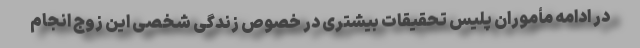
در ادامه مأموران پلیس تحقیقات بیشتری در خصوص زندگی شخصی این زوج انجام